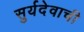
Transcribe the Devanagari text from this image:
सुर्यदेवाची